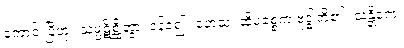
ကောင်းပြီဟု။ သမ္ပဋိစ္ဆိတွာ၊ ဝန်ခံ၍။ တေသံ၊ ထိုပစ္စေက ဗုဒ္ဓါတို့၏။ သန္တိကေ၊